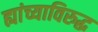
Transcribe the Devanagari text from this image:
ह्यांच्याविरुद्ध